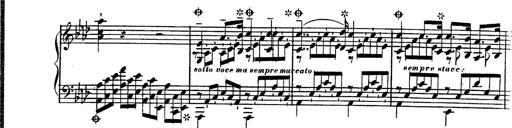
Title: Hexameron, Morceau de Concert
Composer: Franz Liszt